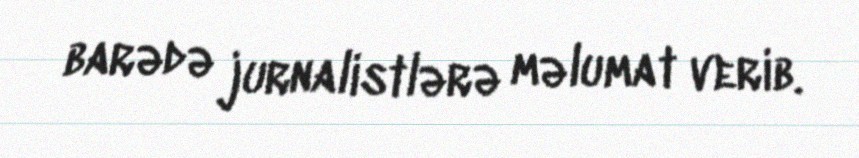
barədə jurnalistlərə məlumat verib.